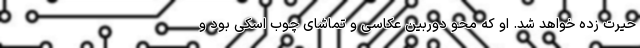
حیرت زده خواهد شد. او که محو دوربین عکاسی و تماشای چوب اسکی بود و